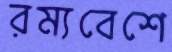
রম্যবেশে